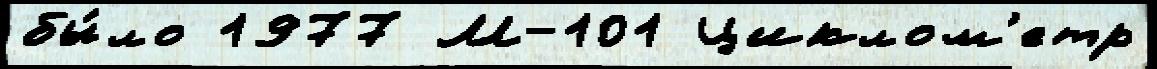
бы́ло 1977 М-101 Циклом'етр